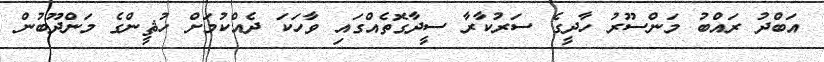
އަބްދު ރައްބު މަންސޫރު ހާދީގެ ސަރުކާރާ ސީދާގޮތެއްގައި ވާހަކަ ދެއްކުމަށް ހުޘީންގެ މަންދޫބުން